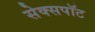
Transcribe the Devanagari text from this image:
सेक्सपॉट